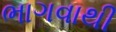
ભાગવાથી